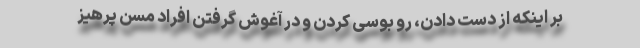
بر اینکه از دست دادن، رو بوسی کردن و در آغوش گرفتن افراد مسن پرهیز